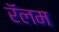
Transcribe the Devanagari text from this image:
रॅलम